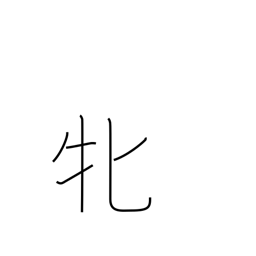
Meaning: female